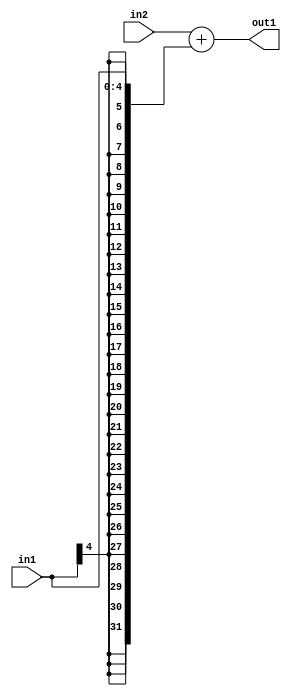
`timescale 1ps / 1ps
/*****************************************************************************
    Verilog RTL Description
    
    
    Created by: Stratus DpOpt 2019.1.01 
*******************************************************************************/

module DC_Filter_Add_32Sx5S_32S_1 (
	in2,
	in1,
	out1
	); /* architecture "behavioural" */ 
input [31:0] in2;
input [4:0] in1;
output [31:0] out1;
wire [31:0] asc001;

assign asc001 = 
	+(in2)
	+({{27{in1[4]}}, in1});

assign out1 = asc001;
endmodule

/* CADENCE  ubH4Qg0= : u9/ySgnWtBlWxVPRXgAZ4Og= ** DO NOT EDIT THIS LINE ******/